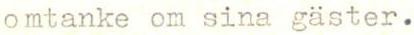
omtanke om sina gäster.